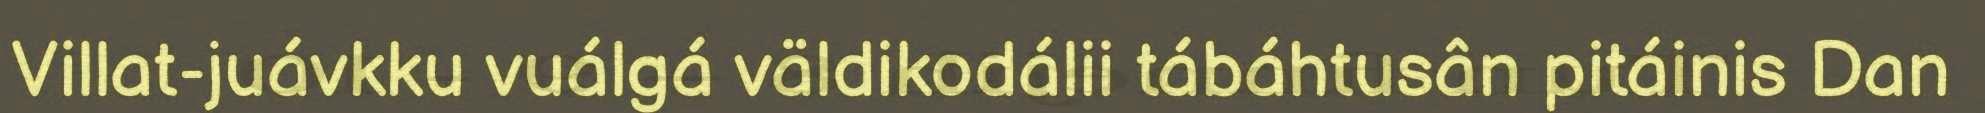
Villat-juávkku vuálgá väldikodálii tábáhtusân pitáinis Dan